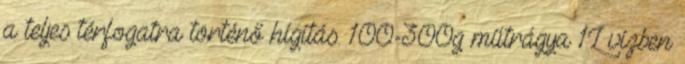
a teljes térfogatra történő hígítás. 100-300g műtrágya 1L vízben